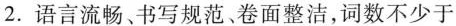
2.语言流畅、书写规范、卷面整洁，词数不少于